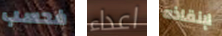
فحسب اعداء لإنقاذه